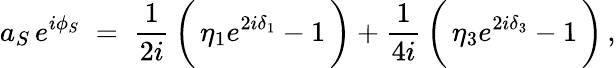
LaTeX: a_{S}\, e^{i\phi_{S}}\; =\; \frac{1}{2i}\, \biggl(\, \eta_{1}e^{2i\delta_{1}}-1\, \biggr)+\frac{1}{4i}\, \biggl(\, \eta_{3}e^{2i\delta_{3}}-1\, \biggr)\, ,